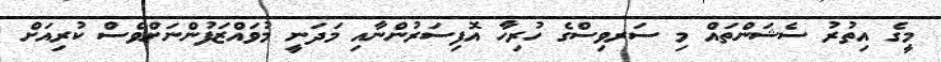
މީގެ އިތުރު ސެޝަންތައް މި ސަރވިސްގެ ހުރިހާ އޮފިސަރުންނާއި މަދަނީ މުވައްޒަފުންނަށްވެސް ކުރިއަށް